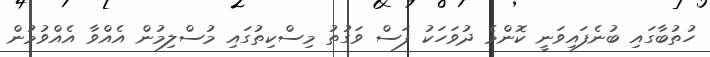
ހުތުބާގައި ބުނެފައިވަނީ ކޮންމެ ދުވަހަކު ފަސް ވަގުތު މިސްކިތުގައި މުސްލިމުން އެއްވާ އެއްވުމުން